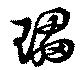
瓃